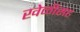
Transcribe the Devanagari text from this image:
खेळीसह